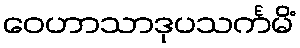
ဝေဟာသာဒုပသင်္ကမိံ